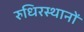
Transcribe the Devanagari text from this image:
रुधिरस्थानों